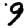
Digit: 9